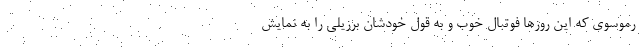
رموسوی که این روزها فوتبال خوب و به قول خودشان برزیلی را به نمایش